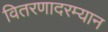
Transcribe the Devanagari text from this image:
वितरणादरम्यान